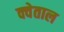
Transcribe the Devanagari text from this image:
क्वेताल